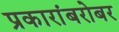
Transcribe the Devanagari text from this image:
प्रकारांबरोबर